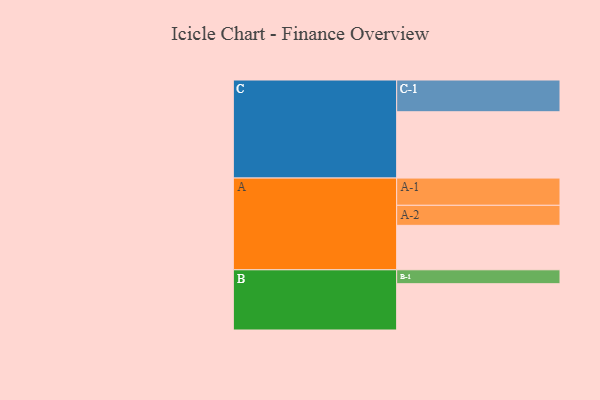
{"axis": {"x": "Segment", "y": "Value"}, "legend": ["", "A", "B", "C"], "data": [{"x": "A", "y": 364, "type": ""}, {"x": "B", "y": 379, "type": ""}, {"x": "C", "y": 543, "type": ""}, {"x": "A-1", "y": 223, "type": "A"}, {"x": "A-2", "y": 164, "type": "A"}, {"x": "B-1", "y": 114, "type": "B"}, {"x": "C-1", "y": 260, "type": "C"}]}